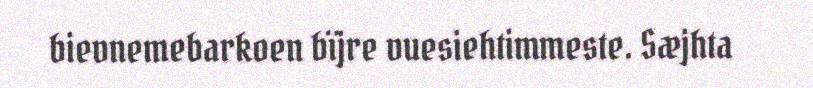
bievnemebarkoen bïjre vuesiehtimmeste. Sæjhta